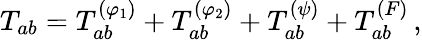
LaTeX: T_{ab}=T_{ab}^{(\varphi_{1})}+T_{ab}^{(\varphi_{2})}+T_{ab}^{(\psi)}+T_{ab}^{(F)}\, ,